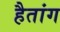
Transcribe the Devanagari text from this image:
हैतांग